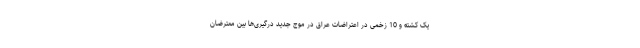
یک کشته و 10 زخمی در اعتراضات عراق در موج جدید درگیری‌ها بین معترضان